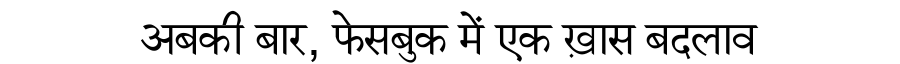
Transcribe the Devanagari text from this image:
अबकी बार, फेसबुक में एक ख़ास बदलाव